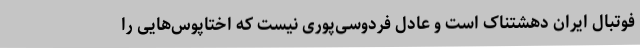
فوتبال ایران دهشتناک است و عادل فردوسی‌پوری نیست که اختاپوس‌هایی را